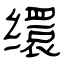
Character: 缳